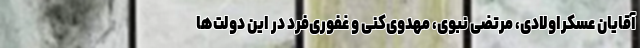
آقایان عسکراولادی، مرتضی نبوی، مهدوی‌کنی و غفوری‌فرد در این دولت‌ها